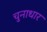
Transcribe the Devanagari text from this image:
चुनाधार